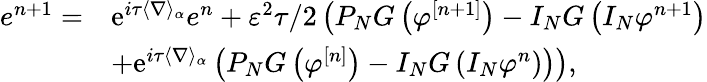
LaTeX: \begin{array}{rl}{e^{n+1}=}&{\textrm{e}^{i\tau\langle\nabla\rangle_{\alpha}}e^{n}+\varepsilon^{2}\tau/2\left(P_{N}G\left(\varphi^{[n+1]}\right)-I_{N}G\left(I_{N}\varphi^{n+1}\right)\right.}\\ &{\left.+\textrm{e}^{i\tau\langle\nabla\rangle_{\alpha}}\left(P_{N}G\left(\varphi^{[n]}\right)-I_{N}G\left(I_{N}\varphi^{n}\right)\right)\right),}\end{array}